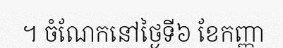
។ ចំណែកនៅថ្ងៃទី៦ ខែកញ្ញា